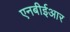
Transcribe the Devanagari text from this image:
एनबीईआर